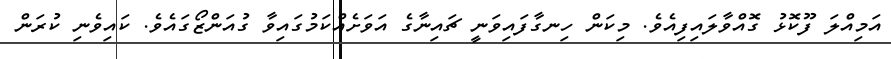
އަމިއްލަ ފޫކޮޅު ގޮއްވާލައިފިއެވެ. މިކަން ހިނގާފައިވަނީ ޗައިނާގެ އަވަށެއްކަމުގައިވާ ގުއަންޒޯގައެވެ. ކައިވެނި ކުރަން